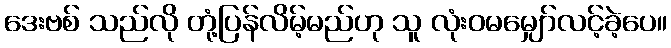
ဒေးဗစ် သည်လို တုံ့ပြန်လိမ့်မည်ဟု သူ လုံးဝမမျှော်လင့်ခဲ့ပေ။